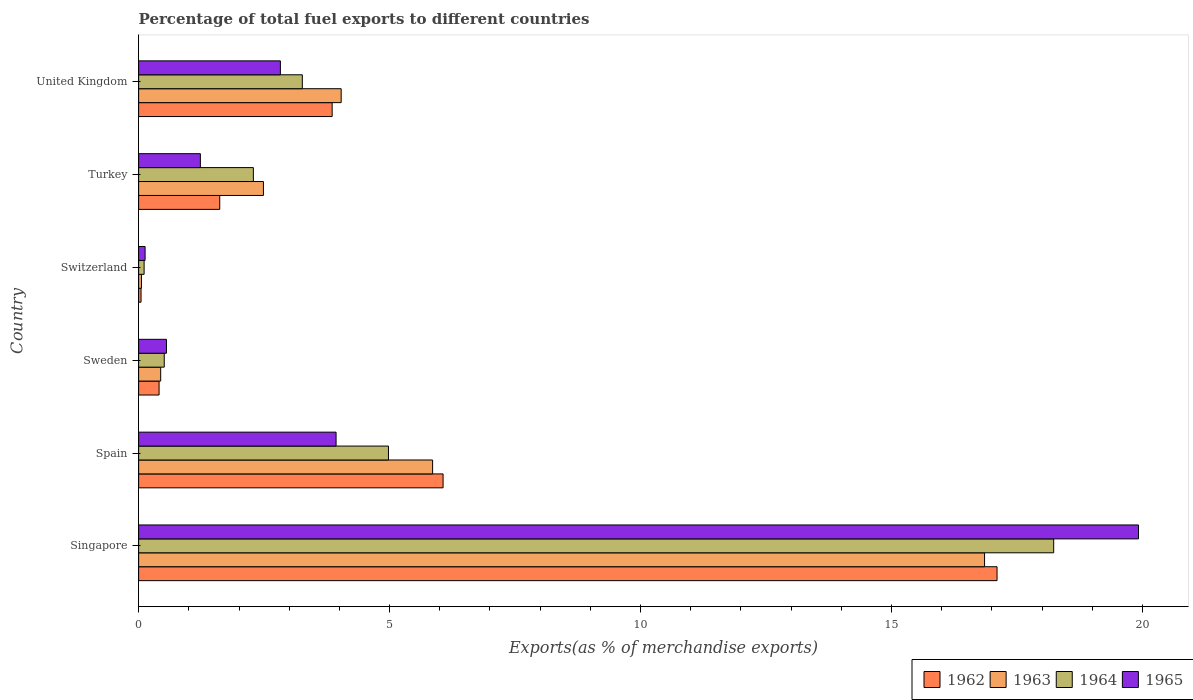
| Country | 1962 | 1963 | 1964 | 1965 |
 | --- | --- | --- | --- | --- |
 | Singapore | 17.1 | 16.9 | 18.2 | 19.9 |
 | Spain | 6.07 | 5.86 | 4.98 | 3.93 |
 | Sweden | 0.407 | 0.439 | 0.51 | 0.555 |
 | Switzerland | 0.0482 | 0.0563 | 0.109 | 0.129 |
 | Turkey | 1.62 | 2.49 | 2.29 | 1.23 |
 | United Kingdom | 3.86 | 4.04 | 3.26 | 2.82 |